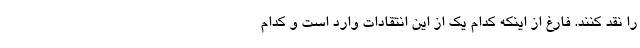
را نقد کنند. فارغ از اینکه کدام یک از این انتقادات وارد است و کدام